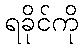
ရခိုင်ကို